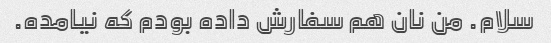
سلام. من نان هم سفارش داده بودم که نیامده.